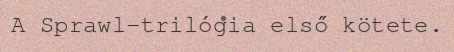
A Sprawl-trilógia első kötete.